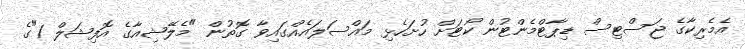
އެމެރިކާގެ ޖަސްޓިސް ޑިޕާޓްމެންޓުން ކޯޓަށް ހުށަހެޅި މައްސަލައެއްގައިވާ ގޮތުން "މެލޭޝިއާގެ އޮފިޝަލް 1"ގެ